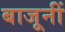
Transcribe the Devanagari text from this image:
बाजूनीं